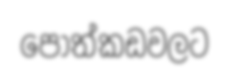
පොත්කඩවලට